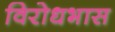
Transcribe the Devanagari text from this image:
विरोधभास